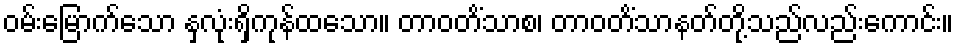
ဝမ်းမြောက်သော နှလုံးရှိကုန်ထသော။ တာဝတိံသာစ၊ တာဝတိံသာနတ်တို့သည်လည်းကောင်း။